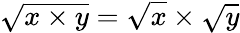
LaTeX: \sqrt{x\times y}=\sqrt{x}\times\sqrt{y}